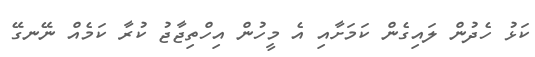
ކަޅު ހެދުން ލައިގެން ކަމަށާއި އެ މީހުން އިހްތިޖާޖު ކުރާ ކަމެއް ނޭނގޭ